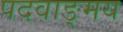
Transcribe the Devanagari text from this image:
पदवाङ्मय